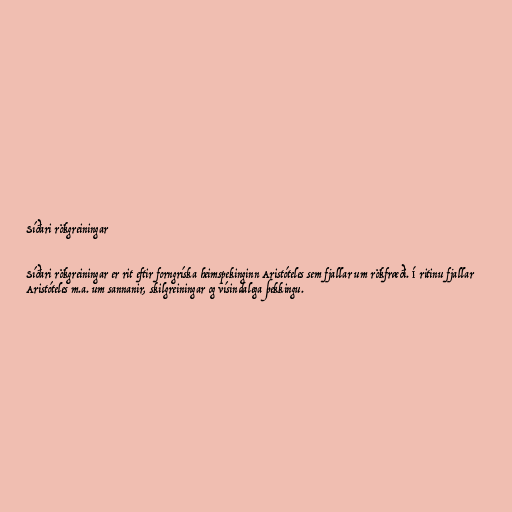
Síðari rökgreiningar

Síðari rökgreiningar er rit eftir forngríska heimspekinginn Aristóteles sem fjallar um rökfræði. Í ritinu fjallar
Aristóteles m.a. um sannanir, skilgreiningar og vísindalega þekkingu.